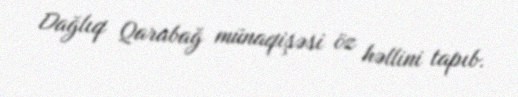
Dağlıq Qarabağ münaqişəsi öz həllini tapıb.